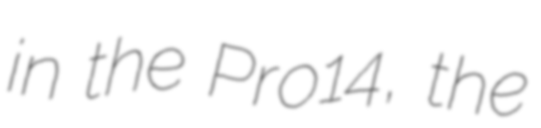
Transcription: in the Pro14, the